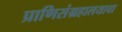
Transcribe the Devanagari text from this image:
प्राणिसंग्रहालयाचा